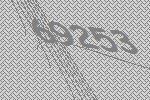
69253